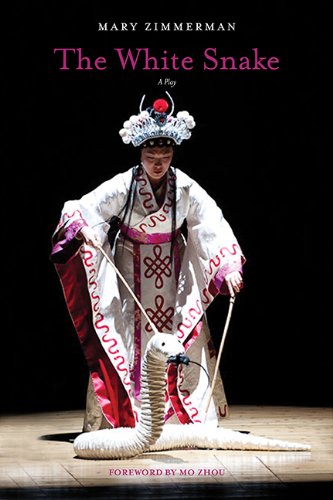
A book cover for The White Snake: A Play; Mary Zimmerman; Literature & Fiction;